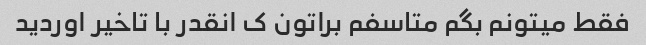
فقط میتونم بگم متاسفم براتون ک انقدر با تاخیر اوردید